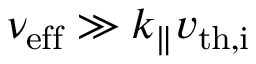
\nu _ { \mathrm { e f f } } \gg k _ { \parallel } v _ { \mathrm { t h , i } }